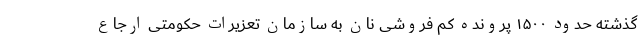
گذشته حدود ۱۵۰۰ پرونده کم فروشی نان به سازمان تعزیرات حکومتی ارجاع